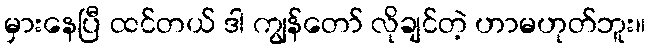
မှားနေပြီ ထင်တယ် ဒါ ကျွန်တော် လိုချင်တဲ့ ဟာမဟုတ်ဘူး။